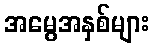
အမွေအနှစ်များ